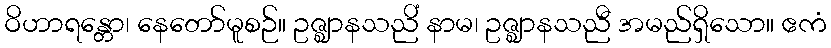
ဝိဟာရန္တော၊ နေတော်မူစဉ်။ ဥဇ္ဈာနသညိံ နာမ၊ ဥဇ္ဈာနသညီ အမည်ရှိသော။ ဧကံ